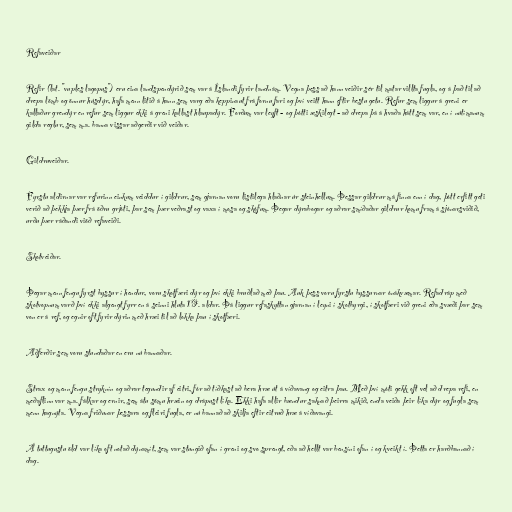
Refaveiðar

Refir (lat. "vuples lagopus") eru eina landspendýrið sem var á Íslandi fyrir landnám. Vegna þess að hann veiðir sér til matar villta fugla, og á það til að
drepa lömb og önnur húsdýr, hafa menn litið á hann sem varg eða keppinaut frá fornu fari og því veitt hann eftir bestu getu. Refur sem liggur á greni er
kallaður grendýr en refur sem liggur ekki á greni kallast hlaupadýr. Forðum var leyft - og þótti æskilegt - að drepa þá á hvaða hátt sem var, en í nútímanum
gilda reglur, sem m.a. banna vissar aðgerðir við veiðar.

Gildruveiðar.

Fyrstu aldirnar var refurinn einkum veiddur í gildrur, sem gjarnan voru listilega hlaðnar úr steinhellum. Þessar gildrur má finna enn í dag, þótt erfitt geti
verið að þekkja þær frá öðru grjóti, þar sem þær veðrast og vaxa í mosa og skófum. Þegar dýrabogar og aðrar smíðaðar gildrur komu fram á sjónarsviðið,
urðu þær ráðandi viöð refaveiði.

Skotveiðar.

Þegar menn fengu fyrst byssur í hendur, voru skotfæri dýr og því ekki bruðlað með þau. Auk þess voru fyrstu byssurnar ónákvæmar. Refadráp með
skotvopnum varð því ekki algengt fyrr en á seinni hluta 19. aldar. Þá liggur refaskyttan gjarnan í leyni í skotbyrgi, í skotfæri við greni eða svæði þar sem
von er á ref, og egnir oft fyrir dýrin með hræi til að lokka þau í skotfæri.

Aðferðir sem voru stundaðar en eru nú bannaðar.

Strax og menn fengu stryknín og aðrar tegundir af eitri, fór að tíðkast að bera hræ út á víðavang og eitra þau. Með því móti gekk oft vel að drepa refi, en
meðaflinn var m.a. fálkar og ernir, sem átu sömu hræin og drápust líka. Ekki hafa allir bændur saknað þeirra mikið, enda veiða þeir líka dýr og fugla sem
menn hagnýta. Vegna friðunar þessara og fleiri fugla, er nú bannað að skilja eftir eitruð hræ á víðavangi.

Á tuttugustu öld var líka oft notað dýnamít, sem var stungið ofan í greni og svo sprengt, eða að hellt var bensíni ofan í og kveikt í. Þetta er harðbannað í
dag.